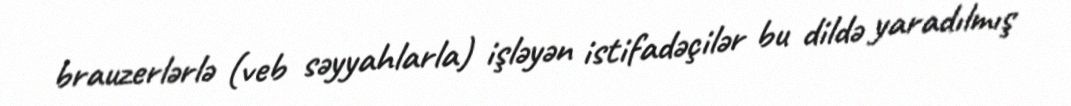
brauzerlərlə (veb səyyahlarla) işləyən istifadəçilər bu dildə yaradılmış